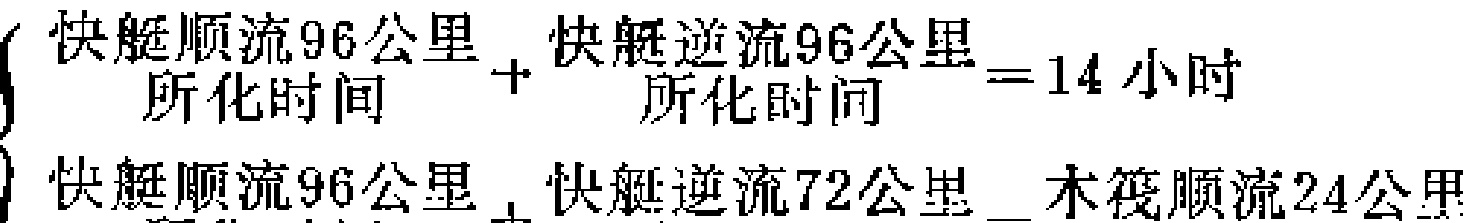
$\left\{\begin{array}{l}\dfrac{快艇顺流96公里}{所化时间}+\dfrac{快艇逆流96公里}{所化时间}=14小时\\\dfrac{快艇顺流96公里}{}+\dfrac{快艇逆流72公里}{}-\dfrac{木筏顺流24公里}{}\end{array}\right.$